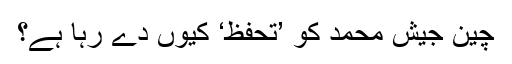
چین جیش محمد کو ’تحفظ‘ کیوں دے رہا ہے؟